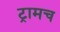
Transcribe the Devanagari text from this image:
ट्रामच